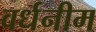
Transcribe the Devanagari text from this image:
वर्धनीम